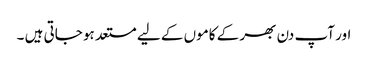
اور آپ دن بھر کے کاموں کے لیے مستعد ہو جاتی ہیں ۔